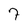
Character: 7